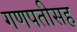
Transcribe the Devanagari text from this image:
गणपतीसह